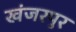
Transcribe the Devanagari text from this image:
खंजरपुर